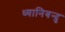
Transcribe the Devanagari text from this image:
ध्यानिबन्दु